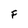
Character: F